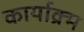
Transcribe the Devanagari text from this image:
कार्याक्र्म